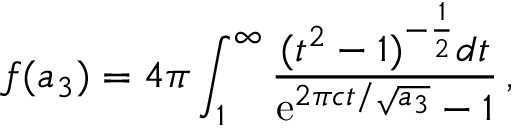
f ( a _ { 3 } ) = 4 \pi \int _ { 1 } ^ { \infty } { \frac { ( t ^ { 2 } - 1 ) ^ { - \frac { 1 } { 2 } } d t } { \mathrm { e } ^ { 2 \pi c t / \sqrt { a _ { 3 } } } - 1 } } \, ,